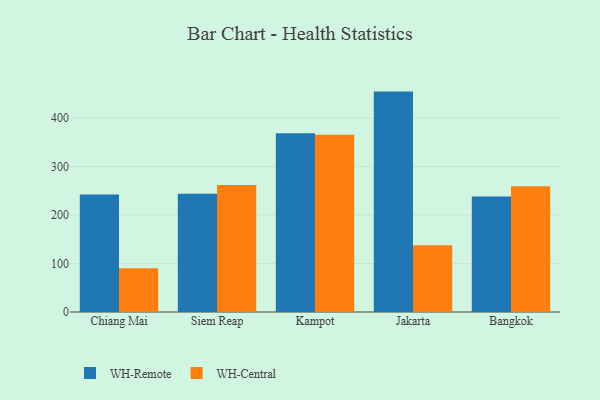
{"axis": {"x": "City", "y": "Backlog"}, "legend": ["WH-Central", "WH-Remote"], "data": [{"x": "Chiang Mai", "y": 242.6, "type": "WH-Remote"}, {"x": "Chiang Mai", "y": 90.2, "type": "WH-Central"}, {"x": "Siem Reap", "y": 244.1, "type": "WH-Remote"}, {"x": "Siem Reap", "y": 261.8, "type": "WH-Central"}, {"x": "Kampot", "y": 368.7, "type": "WH-Remote"}, {"x": "Kampot", "y": 365.9, "type": "WH-Central"}, {"x": "Jakarta", "y": 454.7, "type": "WH-Remote"}, {"x": "Jakarta", "y": 137.9, "type": "WH-Central"}, {"x": "Bangkok", "y": 238.3, "type": "WH-Remote"}, {"x": "Bangkok", "y": 259.4, "type": "WH-Central"}]}